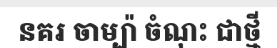
នគរ ចាម្ប៉ា ចំណុះ ជាថ្មី